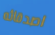
اصدقائه